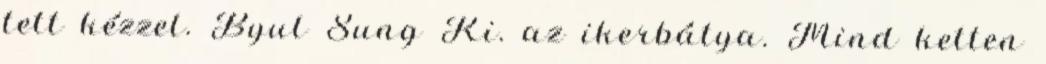
tett kézzel. Byul Sung Ki. az ikerbátya. Mind ketten